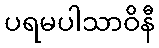
ပရမပါသာဝိနီ